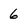
Character: 6